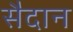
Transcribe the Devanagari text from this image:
सैदान